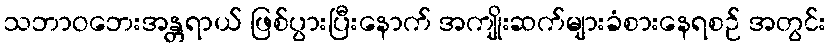
သဘာဝဘေးအန္တရာယ် ဖြစ်ပွားပြီးနောက် အကျိုးဆက်များခံစားနေရစဉ် အတွင်း